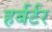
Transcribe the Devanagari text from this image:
हर्बर्टर